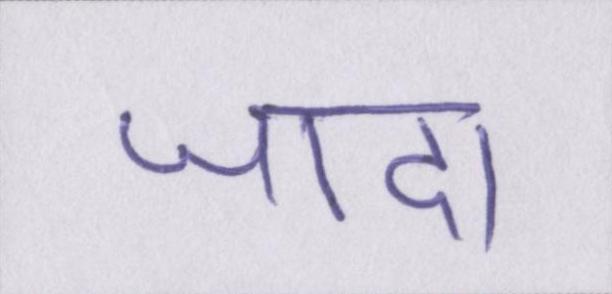
जादा